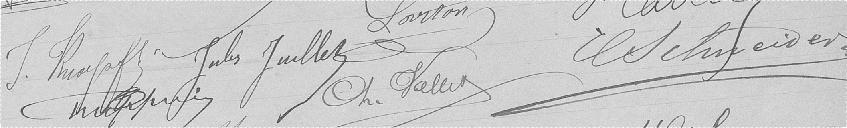
Loirton Jules Juillet